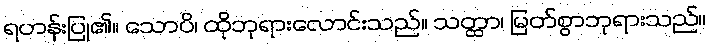
ရဟန်းပြု၏။ သောပိ၊ ထိုဘုရားလောင်းသည်။ သတ္ထာ၊ မြတ်စွာဘုရားသည်။